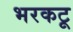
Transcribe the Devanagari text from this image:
भरकटू